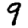
Digit: 9